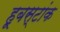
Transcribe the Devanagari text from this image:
हूबस्टांक